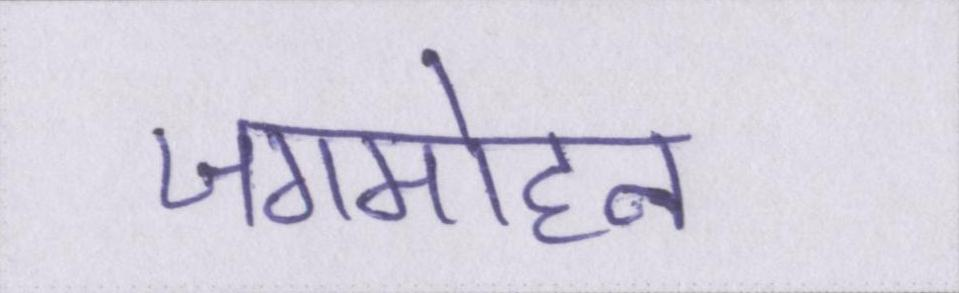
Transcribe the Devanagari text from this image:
जगमोहन